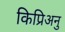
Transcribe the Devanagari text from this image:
किप्रिअनु